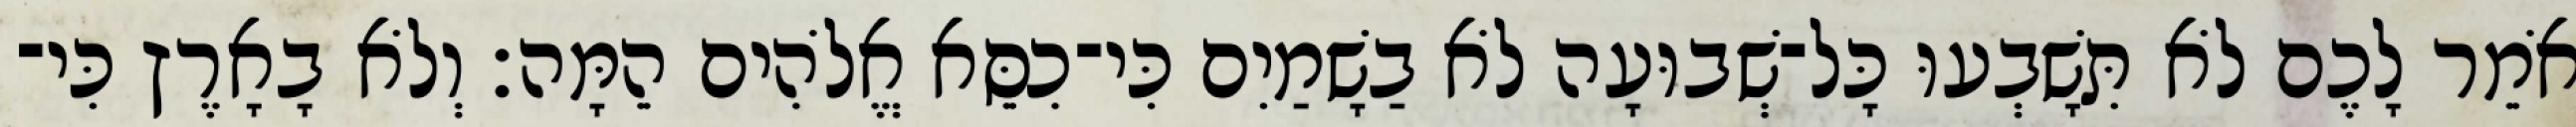
אֹמֵר לָכֶם לֹא תִּשָׁבְעוּ כָּל־שְׁבוּעָה לֹא בַשָׁמַיִם כִּי־כִסֵּא אֱלֹהִים הֵמָּה׃ וְלֹא בָאָרֶץ כִּי־